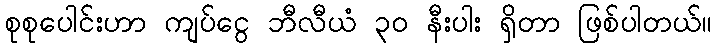
စုစုပေါင်းဟာ ကျပ်ငွေ ဘီလီယံ ၃၀ နီးပါး ရှိတာ ဖြစ်ပါတယ်။